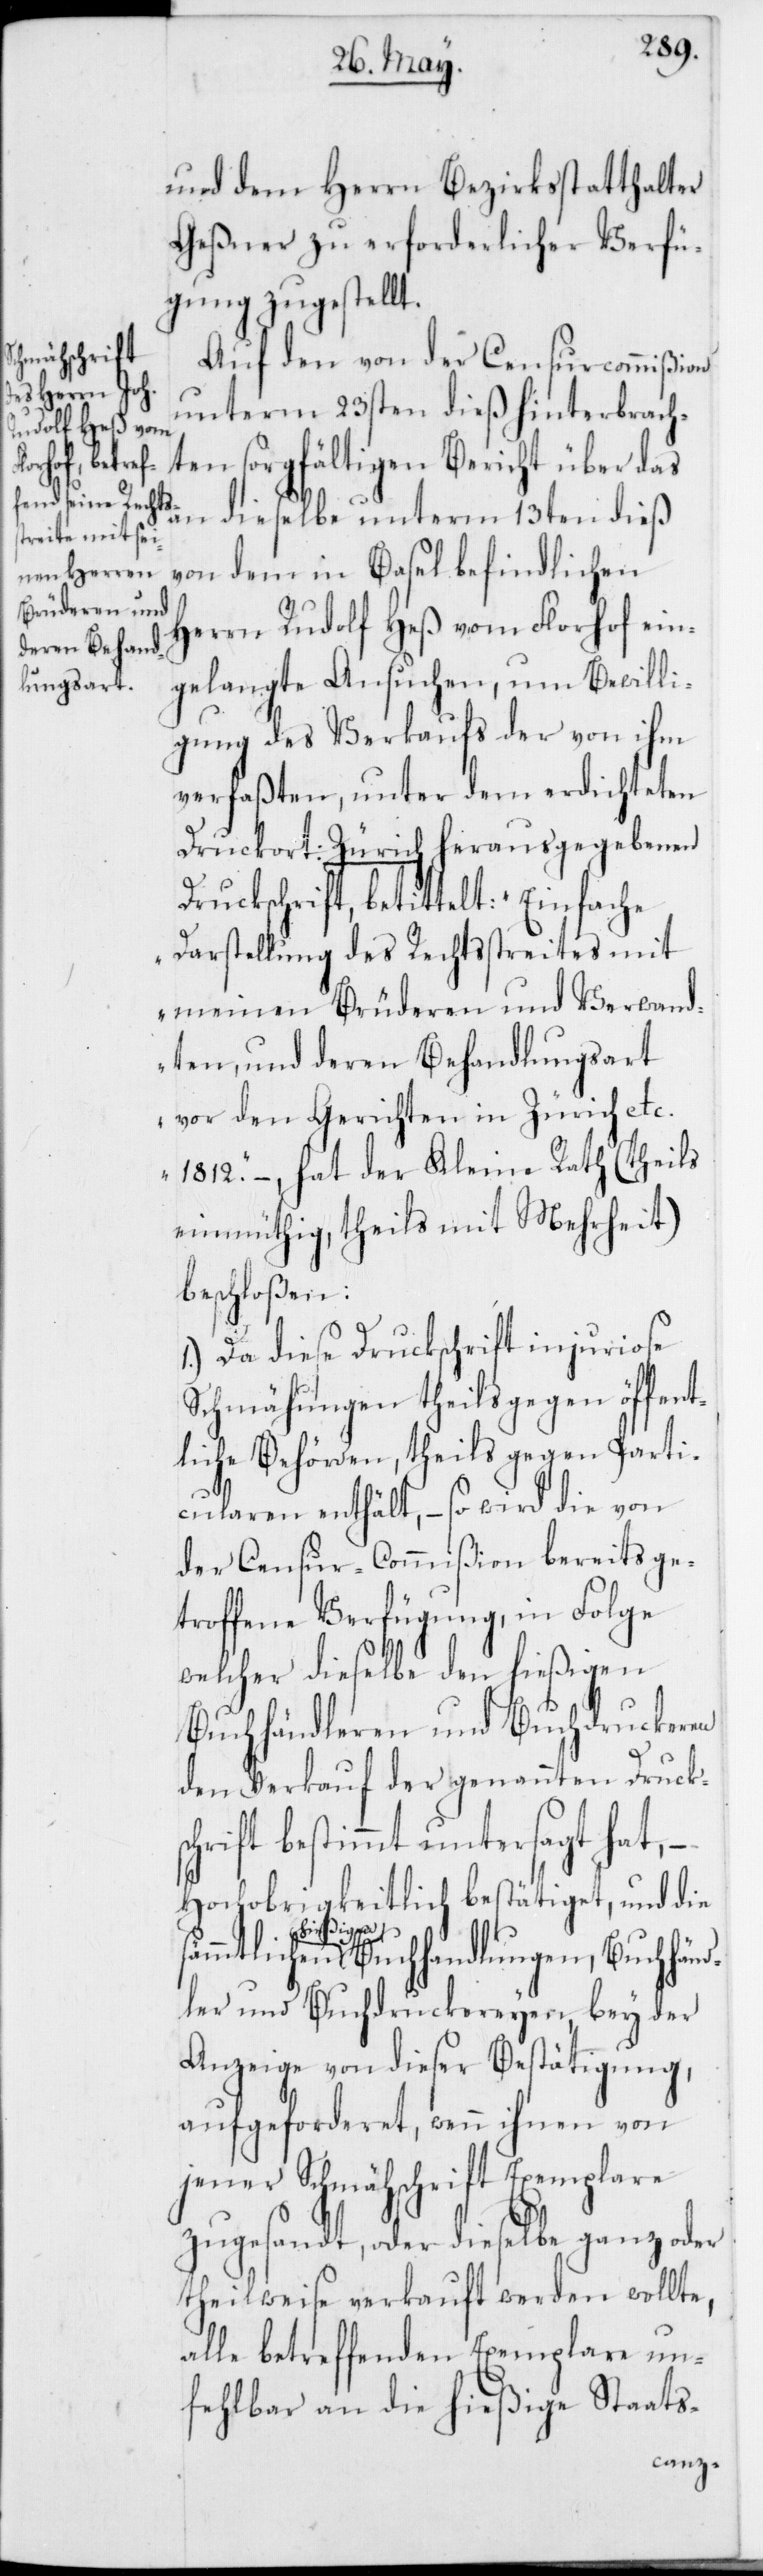
und dem Herrn Bezirksstatthalter
Geßner zu erforderlicher Verfü¬
gung zugestellt.
Auf den von der Censurcommißion
unterm 23sten dieß hinterbrach¬
ten sorgfältigen Bericht über das
an dieselbe unterm 13ten dieß
von dem in Basel befindlichen
Herrn Rudolf Heß vom Florhof ein¬
gelangte Ansuchen, um Bewilli¬
gung des Verkaufs der von ihm
verfaßten, unter dem erdichteten
Druckort: Zürich herausgegebenen
Druckschrift, betittelt „Einfache
Darstellung des Rechtsstreites mit
meinen Brüderen und Verwand¬
ten, und deren Behandlungsart
vor den Gerichten in Zürich etc.
1812.“ – hat der Kleine Rath (theils
einmüthig, theils mit Mehrheit)
beschloßen:
1.) Da diese Druckschrift injuriose
Schmähungen theils gegen öffent¬
liche Behörden, theils gegen Parti¬
cularen enthält, – so wird die von
der Censur-Commißion bereits ge¬
troffene Verfügung, in Folge
welcher dieselbe den hießigen
Buchhändleren und Buchdruckeren
der Verkauf der genannten Drucks¬
chrift bestimmt untersagt hat, –
Hochobrigkeitlich bestätiget, und die
hießigen Buchhandlungen, Buchhänd¬
ler und Buchdruckereyen, bey der
Anzeige von dieser Bestätigung
aufgeforderet, wenn ihnen von
jener Schmähschrift Exemplare
zugesandt, oder dieselbe ganz oder
theilweise verkauft werden wollte,
alle betreffenden Exemplare un¬
fehlbar an die hießige Staats-